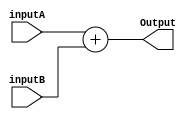
module Adder (
    output reg [31:0] Output,
    input [31:0] inputA,
    input [31:0] inputB
);
    always@ (inputA, inputB) begin
        Output = inputA + inputB;
    end
endmodule